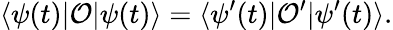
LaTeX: \langle\psi(t)|\mathcal{O}|\psi(t)\rangle=\langle\psi^{\prime}(t)|\mathcal{O}^{\prime}|\psi^{\prime}(t)\rangle.